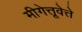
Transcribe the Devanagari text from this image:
मीगेत्तूवेत्ते